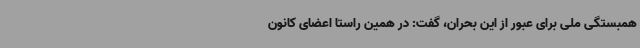
همبستگی ملی برای عبور از این بحران، گفت: در همین راستا اعضای کانون